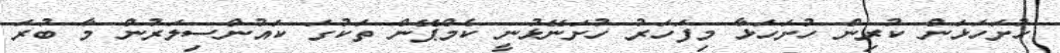
ހުށަހަޅަން ކުރިން ހުށަހަޅާ މިފަހަރު ހުށަނޭޅުނީ ކެމްޕޭން ތަކުގަ ކައުންސިލަރުން މާ ބުރަ